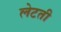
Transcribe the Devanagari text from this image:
लेटती